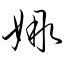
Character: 娜